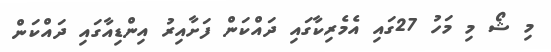
މި ޝޯ މި މަހު 27ގައި އެމެރިކާގައި ދައްކަން ފަށާއިރު އިންޑިއާގައި ދައްކަން